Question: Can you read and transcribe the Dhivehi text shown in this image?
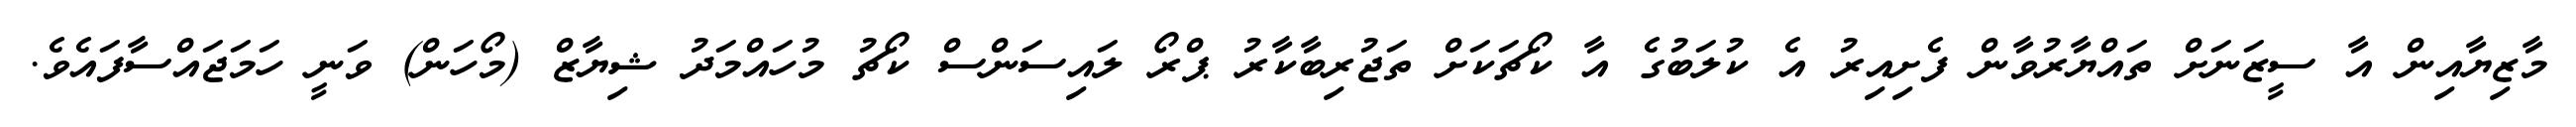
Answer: މާޒިޔާއިން އާ ސީޒަނަށް ތައްޔާރުވާން ފެށިއިރު އެ ކުލަބުގެ އާ ކޯޗަކަށް ތަޖުރިބާކާރު ޕްރޯ ލައިސަންސް ކޯޗު މުހައްމަދު ޝިޔާޒް (މޯހަން) ވަނީ ހަމަޖައްސާފައެވެ.